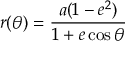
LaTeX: r ( \theta ) = { \frac { a ( 1 - e ^ { 2 } ) } { 1 + e \cos \theta } }